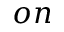
o n